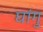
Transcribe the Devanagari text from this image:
घांगु